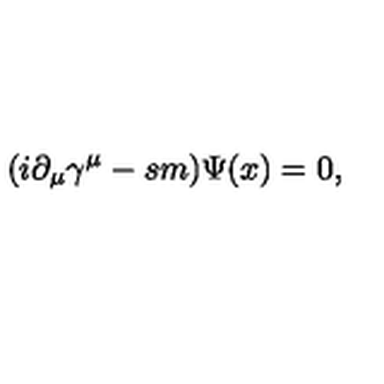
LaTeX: ( i \partial _ { \mu } \gamma ^ { \mu } - s m ) \Psi ( x ) = 0 ,